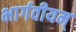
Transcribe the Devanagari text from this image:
भार्गवीयम्